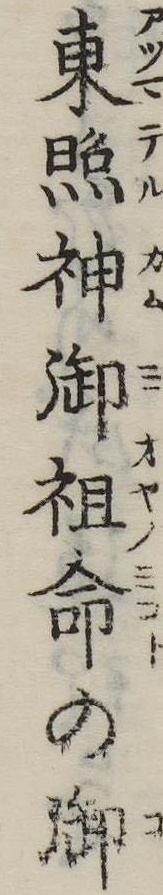
東照神御祖命の御